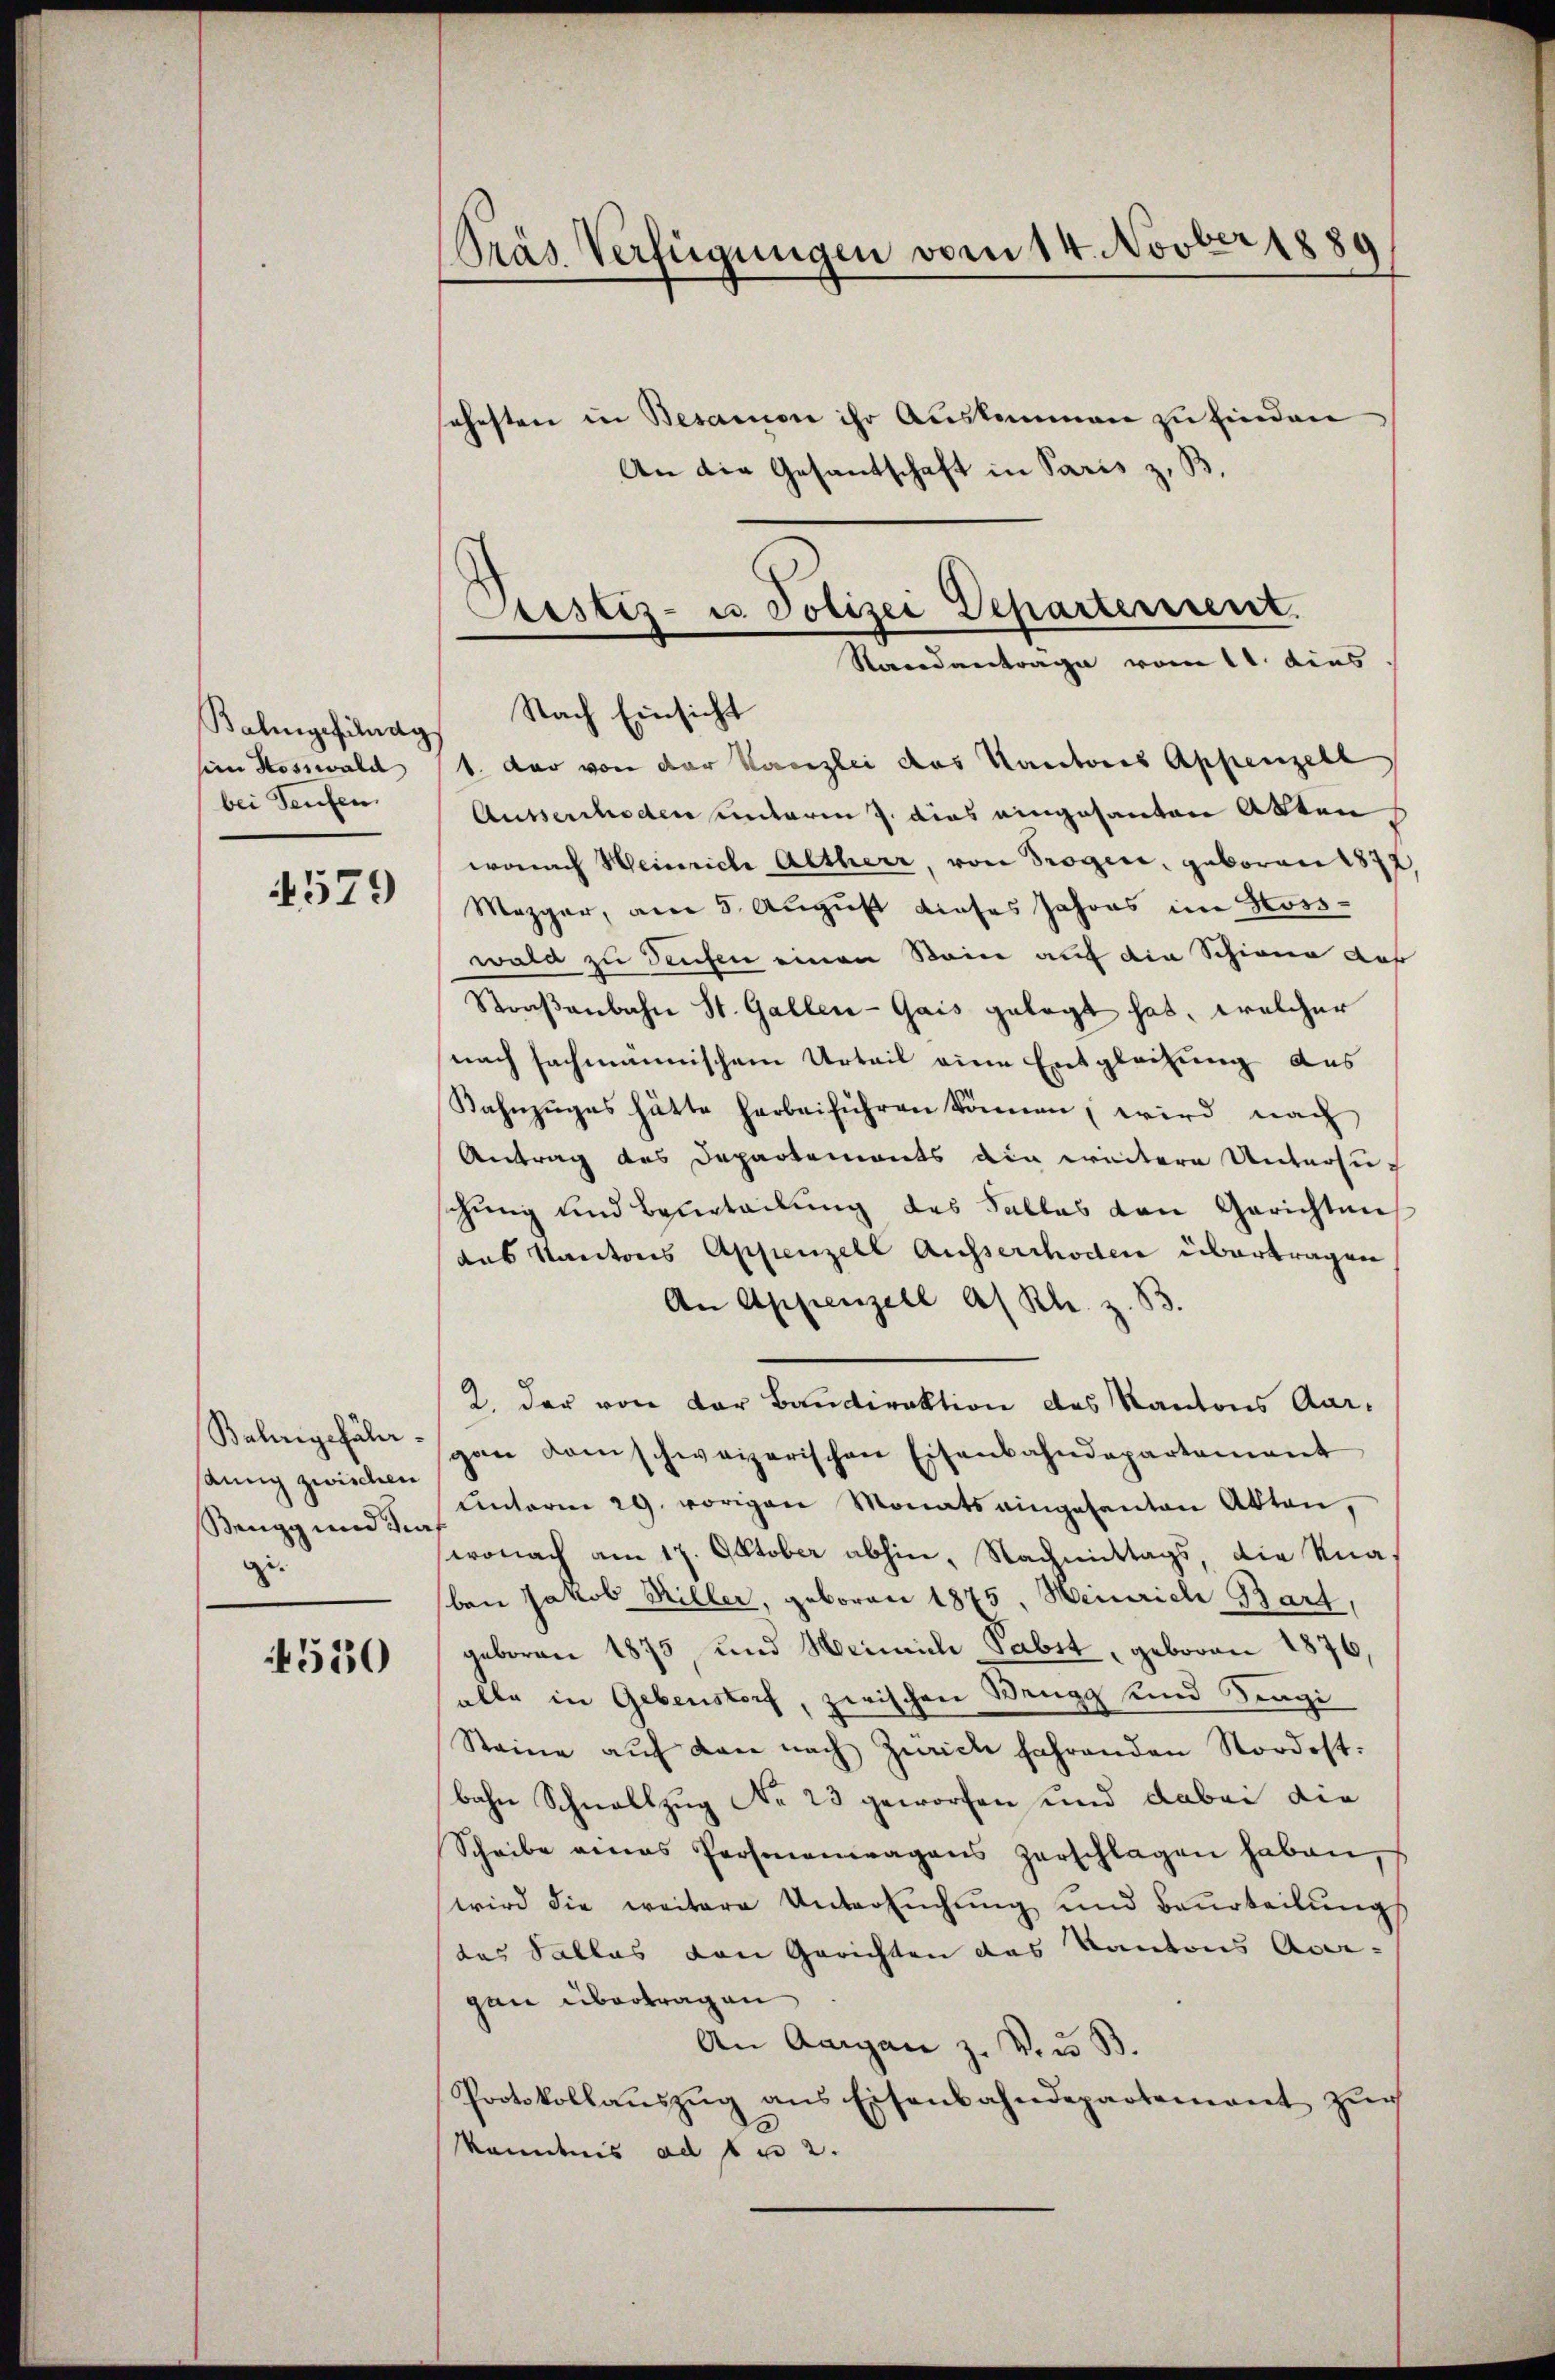
Balingefülnag
iin Kosswald
bei Teufen.

579

Balingefährsännig zwischen
Beugg und dur
gi.

4530

Pras Verfügungen vom 14. Novber 1880

schesten in Besamon ihr Auskommen zu einden
An die Gesandschaft in Paris z. B.
1 der von der Kanzlei das Kantones Appenzell
Ausserchoden unterm 7. dies eingesanten Akten
wonach Heinrich Altherr, von Trogen, geboren 1872
Mezger, am 5. August dieses Jahres im Hoss-
wald zu Teuchen einen Stein auf die Schiene das
Straßenbahn St. Gallen-Gais gelegt hat, welcher
nach sachmännischem Urteil eine Entgleihung aus
Bahnzuges hätte herbeiführen können, wird nach
Antrag des Departements ein weitere Untersuc
schung und Beurteilung des Falles von Gerichten
das Kantons Appenzell Ausserrhoden übertragen
An Appenzell A/Rh. z. 83.
2. der von der Baudirektion des Kantons Aar-
gan damschweizerischen Eisenbahndepartement
ŭnterm 29. vorigen Monats eingesanton Akten,
wonach am 17. Oktober abhin, Nachmittags, die Kna
ben Jakob Willer, geboren 1875, Heinrich Bart,
geboren 1875, und Heinrich Sabst, geboren 1876,
alle in Gebenstorf, zwischen Brugg und Tragi
Steine aŭf den nach Zürich fahrenden Nordostbahn Schnallzug No 23 geworfen und dabei die
Scheibe eines Prosmenwagens zerschlagen haben,
wird die weitere Untersuchung und Beurteilung
des Sallas den Gerichten das Kantons Aver-
gan übertragen
An Aargau z. V. B.
Protokollaŭszŭg ans Eisenbahndepartement zŭr
Mändnis ad am 2.

Justiz- u. Polizei Departerrent
Standantrage vom 11. dies
Nach Einsicht